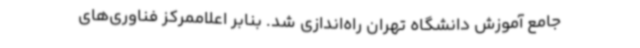
جامع آموزش دانشگاه تهران راه‌اندازی شد. بنابر اعلاممرکز فناوری‌های